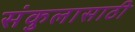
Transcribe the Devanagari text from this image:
संकुलासाठी